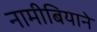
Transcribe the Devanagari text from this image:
नामीबियाने